[Report on the health of British troops in the Madras command]
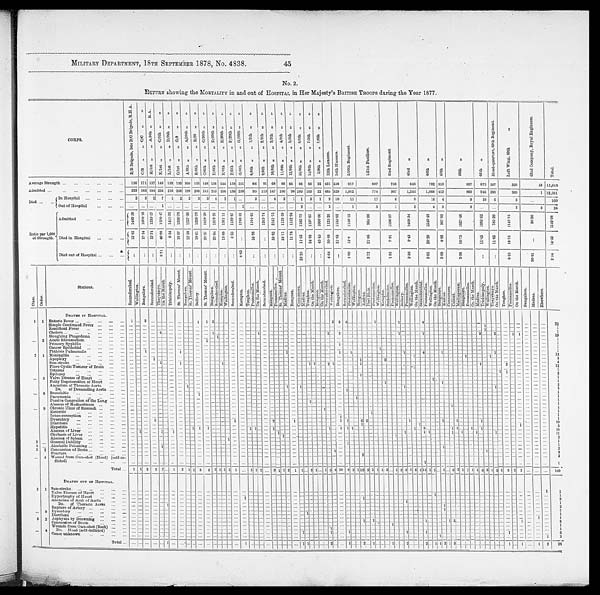
MILITARY DEPARTMENT, 18TH SEPTEMBER 1878, No. 4838. 45
No. 2.
RETURN showing the MORTALITY in and out of HOSPITAL in Her Majesty's BRITISH TROOPS during the Year 1877.
C O R P S .
B / B B r i g a d e , l a t e B / C B r i g a d e , R . H . A .
C / B ” ” C / C ” ” H / 1 s t ” ” A / 9 t h ” R . A . K / 1 s t ” ” C / 9 t h ” ” L / 1 s t ” ” D / 9 t h ” ”
O / 1 s t ” ” G / 9 ” ”
A / 6 t h ” ” A / 2 0 t h ” ” B / 6 t h ” ” B / 2 0 ” ” C / 6 t h ” ” C / 2 0 t h ” ” D / 6 t h ” ” D / 2 0 t h ” ” E / 6 t h ” ” E / 2 0 t h ” ”
F / 6 t h ” ” F / 2 0 t h ” ” G / 6 t h ” ” G / 2 0 t h ” ” 8 / 8 t h ” ” 1 / 5 t h ” ”
9 / 8 t h ” ” 2 / 5 t h ” ”
1 0 / 8 t h ” ” 3 / 5 t h ” ”
1 1 / 8 t h ” ” 4 / 5 t h ” ” 1 2 / 8 t h ” ” 5 / 5 t h ” ”
1 3 / 8 t h ” ” 6 / 5 t h ” ” 1 4 / 8 t h ” ” 7 / 5 t h ” ”
2 / 9 t h ” ” 7 / 5 t h ” ”
1 2 t h L a n c e r s . 1 4 t h H u s s a r s
2 / 1 6 t h R e g i m e n t .
1 / 2 1 s t F u s i l i e r s .
3 3 r d R e g i m e n t .
4 3 r d ”
4 4 t h ”
4 5 t h ”
4 8 t h ”
6 7 t h ”
H e a d - q u a r t e r s , R e g i m e n t .
L e f t W i n g , 8 9 t h ”
4 2 n d C o m p a n y , R o y a l E n g i n e e r s .
T o t a l .
Average Strength
1 5 6 1 7 1 1 5 7 1 4 9 1 5 3 1 5 3 1 6 0 1 5 3 1 4 8 1 5 6 1 4 4 1 5 8 1 5 1
8 6 9 1 6 8 8 9 8 5 8 6 8 6 2 2 4 3 1 4 5 8
9 1 7
8 0 7
7 5 8
8 4 8
7 9 2 8 1 3
8 3 7
8 7 3 5 0 7
3 2 0
3 3 1 1 , 0 1 6
Admitted
2 3 3 1 8 3 1 9 4 2 3 4 2 1 6 2 0 3 1 9 8 2 0 3 2 4 1 2 1 5 1 9 6 1 8 8 2 5 8
9 5 1 1 5 1 4 7 1 0 0 9 8 1 0 0 1 0 3 2 2 4 8 5 5 2 9 1 , 0 6 2
7 7 8
9 0 7
1 , 2 4 6
1 , 0 6 8
4 1 3
8 6 0
9 4 6 3 8 8
3 6 6
1 1 2 , 5 9 1
D i e d
In Hospital
2 3 2 7
1 2 2 3 3 4
2 1 . . .
3
. . .
4 3 1 1 3 1 9 1 0 1 1
1 7
6
8
1 6 4
9
1 0
6
6
. . .
1 6 0
Out of Hospital
. . .
. . . . . . 1 . . . . . . . . . . . . . . . . . . . . . . . .
1 . . .
. . . . . . . . . . . . 2 . . . . . . 2 . . .
1
3
1
2
4 3
3 . . .
. . .
2
3
2 8
R a t i o p e r 1 , 0 0 0 o f S t r e n g t h .
A d m i t t e d
1 4 9 3 . 5 9 1 0 7 0 . 1 6 1 2 3 5 . 5 7 1 5 7 0 . 4 7 1 4 1 1 . 7 6 1 3 2 6 . 7 9
1 2 3 7 . 5 0 1 3 2 6 . 7 9 1 6 2 8 . 3 8 1 3 7 8 . 2 1 1 3 6 1 . 1 1 1 1 8 9 . 8 7 1 7 0 8 . 6 1
1 1 0 4 . 6 5 1 2 6 3 . 7 4 2 1 6 1 . 7 6 1 1 2 3 . 5 9 1 1 5 2 . 9 4 1 1 6 2 . 7 9 1 1 9 7 . 6 7 1 0 0 . 0 0 1 1 2 5 . 2 9 1 1 5 5 . 0 2
1 1 5 8 . 1 2
9 6 4 . 0 6
1 1 9 6 . 5 7
1 4 6 9 . 3 4
1 8 4 8 . 4 8
5 0 7 . 9 9
1 0 2 7 . 4 8
1 0 8 3 . 6 2
7 6 5 . 2 9
1 1 4 8 . 7 5
3 0 . 3 0
1 1 4 2 . 9 8
Died in Hospital
1 2 . 8 2
1 7 . 5 4 1 2 . 7 4 4 6 . 9 8 6 . 5 4 1 3 . 0 7 1 2 . 5 0 1 9 . 6 1 2 0 . 2 7 2 5 . 6 4 1 3 . 8 9 6 . 3 3
. . .
3 4 . 8 8
. . .
5 8 . 8 2 3 3 . 7 1 1 1 . 7 6 1 1 . 6 3 3 4 . 8 8 4 5 . 4 5 2 0 . 8 8 2 1 . 8 3
1 2 . 0
2 1 . 0 6
7 . 9 1
9 . 4 3
2 0 . 2 0
4 . 9 2
1 0 . 7 5
1 1 . 4 5
1 1 . 8 3
1 8 . 7 5
. . .
1 4 . 5 2
Died out of Hospital
. . .
. . . . . . 6 . 7 1 . . . . . . . . . . . . . . . . . .
. . . . . . 6 . 6 2
. . . . . . . . . . . . . . .
2 3 . 2 5
. . . . . . 4 . 6 4 . . . 1 . 0 9
3 . 7 2
1 . 3 2
2 . 3 6
5 . 0 5
3 . 6 9
3 . 5 8
. . .
. . .
6 . 2 5
9 0 . 9 1
2 . 5 4
C l a s s . O r d e r .
S t a t i o n s .
S e c u n d e r a b a d . W e l l i n g t o n . B a n g a l o r e .
S e c u n d e r a b a d .
T h a y c t m y o .
O n t h e M a r c h .
T r i c h i n o p o l y .
S t . T h o m a s ' M o u n t .
B a n g a l o r e .
S t . T h o m a s ' M o u n t .
B e l l a r y .
S t . T h o m a s ' M o u n t .
B a n g a l o r e .
S e c u n d e r a b a d .
K a m p t e e . W e l l i n g t o n .
S e c u n d e r a b a d .
K a m p t e e . T o n g h o o .
P o o n a m a l l e e .
O n t h e M a r c h . S e c u n d e r a b a d .
R a n g o o n .
P o o n a m a l l e e .
S t . T h o m a s ' M o u n t .
M a d r a s . R a n g o o n .
C a n n a n o r e . M a d r a s . T o n g h o o .
O n t h e M a r c h .
R a n g o o n .
O n t h e M a r c h . S e c u n d e r a b a d . W e l l i n g t o n . B a n g a l o r e .
S e c u n d e r a b a d .
P o o n a m a l l e e .
W e l l i n g t o n .
R a n g o o n .
M a d r a s .
P o r t B l a i r .
P o o n a m a l l e e .
W e l l i n g t o n . K a m p t e e . S e c u n d e r a b a d . P o o n a m a l l e e .
W e l l i n g t o n .
B w l l a r y .
P o o n a m a l l e e . W e l l i n g t o n .
O n t h e M a r c h .
S e c u n d e r a b a d .
P o o n a m a l l e e .
P W e l l i n g t o n .
O n t h e M a r c h .
B a n g a l o r e . M a d r a s .
C a n n a n o r e .
C a l i c u t .
M a l l i a p o r a m . B a n g a l o r e .
P o o n a m a l l e e .
O n t h e M a r c h . M a d r a s .
T r i c h i n o p l o l y .
W e l l i n g t o n
T h a y e t m y o . O n t h e M a r c h .
T o n g h o o .
P o o n a m a l l e e . O n t h e M a r c h . B a n g a l o r e . M a d r a s .
E l s e w h e r e .
1 1 DEATHS IN HOSPITAL.
Enteric Fever
1 . . . 2 . . . . . . . . . . . . . . . . . . . . . 1 1 2 . . . . . . . . . . . . . . . . . . . . . . . . . . . . . . . . . . . . . . . . . . . . . . . . . . . . . . . . . . . . . . . 2 3 4 . . . . . . . . . . . . . . . 1 . . . . . . . . . . . . 1 . . . . . . . . . . . . . 4 . . . . . . . . . . . . . . . . . . . . . . . . . . . . . . . . . . . . . . . . . . . . . . . . . . . . . . . . . . . .
. . .
22
Simple Continued Fever
. . . . . . . . . . . . . . . . . . . . .
. . . . . . . . . . . . . . . . . . . . .
.
. . . . . . . . .
.
. . . .
.
. . . . . . . . . . . . . . . . . . . . . . . . . . . . . . . . . . . . . . . . . . . . . . . . . . . . . . . . . . . . . . . . . . . . . . . . . . . . . . . . . . . . . . . . . . . . . . . . . . . . . . . . . . . . . . . . . . . . . . . . . . . . . . 1 . . . . . . . . . . . . . . . . . . . . . . . . . . .
1
R e m i t t e n t F e v e r
. . . . . . . . . . . . . . . . . . . . .
. . . . . . . . . . . . . . . . . . . . . . . . . . . . . . . . . . . . . . . . . . . . . . . . . . . . . . . . . . . . . . . . . . . . . . . . . . . . . . . . . . . . . . . . . . . . . . . . . . . . . . . . . . . . . . . . . . . . . . . . . . . . . . . . . . . . . . . . . . . . . . . . . . . . . . . . . . . . . . . . . . . . . . . . . . . . . . . 1 . . . . . . . . . . . . . . . . . . . . . . . . . . .
1
Cholera
. . . . . . . . . . . . 4 . . . . . .
. . . . . .
. . . 1 . . . . . . . . . . . . . . . . . . . . . 1 . . . . . . . . . . . . . . . . . . . . . . . . . . . . . . . . . . . . 2 . . . 2 . . . . . . . . . . . . . . . . . . . . . . . . . . . . . . . . . . . . . . . . 1 . . . . . . . . . . . . . . . 1 . . . . . . . . . . . . . . . . . . . . . . . . . . . . . . . . . 3 . . . . . . 2 . . . . . . 1 1 . . . . . . . . .
19
Sloughing Phagedæna
. . . . . . . . . . . . . . . . . . . . .
. . . . . .
. . . . . . 1 . . . . . . . . . . . . . . . . . . . . . . . . . . . . . . . . . . . . . . . . . . . . . . . . . . . . . . . . . . . . . . . . . . . . . . . . . . . . . . . . . . . . . . . . . . . . . . . . . . . . . . . . . . . . . . . . . . . . . . . . . . . . . . . . . . . . . . . . . . . . . . . . . . . . . . . . . . . . . . . . . . . . . . . . . . . . . . . . . . . . . . . .
. . .
1
. . . 2 Acute Rheumatism
. . . . . . . . . . . . . . . . . . . . . . . . . . . . . . . . . . . . 1 . . . . . . . . . . . . . . . . . . . . . . . . . . . . . . . . . . . . . . . . . . . . . . . . . . . . . . . . . . . . . . . . . . . . . . . . . . . . . . . . . . . . . . . . . . . . . . . . . . . . . . . . . . . . . . . . . . . . . . . . . . . . . . . . . . . . . . . . . . . . . . . . . . . . . . . . . . . . . . . . . . . . . . . . . . . . . . . . . . . . . . . . . . . . .
. . .
1
Primary Syphilis
. . . . . . . . .
. . . . . . . . . . . .
. . . . . . . . . . . . . . . . . . . . . . . . . . . . . . . . . . . . . . . . . . . . . . . . . . . . . . . . . . . . . . . . . . . . . . . . . . . . . . . . . . . . . . . . . . . . . . . . . . . . . . . . . . . . . . . . . . . . . . . . . . . . . . . . . . . . . . . . . . . . . . . . . . . . . . . . . . . . . . . . . . . . . . . . . . . . . . . . . . . . . . . . . . . . .
. . . . . . . . .
1
Cancer Epithetial
. . . . . . . . . . . . . . . . . . . . .
. . . . . .
. . . . . . . . . . . . . . . . . . . . . . . . . . . . . . . . . . . . . . . . . . . . . . . . . . . . . . . . . . . . . . . . . . . . . . . . . . . . . . . . . . . . . . . . . . . . . . . . . . . . . . . . . . . . . . . . . . . . . . . . . . . . . . . . . . . . . . . . . . . . . . . . . . . . . . . . . . . . . . . . . . . . . . . . . . . . . . . . . . . .
. . . . . . . . .
1
Phthisis Pulmonalis
. . . . . . 1 . . . . . . . . . . . .
1 . . . . . .
. . . . . . . . . . . . . . . . . . . . . . . . . . . . . . . . . . . . . . . . . . . . . . . . . . . . . . . . . . . . . . . . . . . . . . . . . . . . . . . . . . . . . . . . . . . . . . . . . . . . . . . . . . . . . . . . . . . . . . . . . . . . . . . . . . . . . . . . . . . . . . . . . . . . . . . . . . . . . . . . . . . . . 1 . . . . . . . . . . . . . . . . .
. . . . . .
1 2
2 1 Meningitis
. . . . . . . . . . . . . . . . . . . . .
. . . . . .
. . . . . . . . . . . . . . . . . . . . . . . . . . . . . . . . . . . . . . . . . . . . . . . . . . . . . . . . . . . . . . . . . . . . . . . . . . . . . . . . . . . . . . . . . . . . . . . . . . . . . . . . . . . . . . . . . . . . . . . . . . . . . . . . . . . . . . . . . . . . . . . . . . . . . . . . . . . . . . . . . . . . . 1 . . . . . . . . . . . . . . .
. . . . . . . . .
3
A p o p l e x y
. . . . . . . . . 1 . . . . . . . . .
. . . . . . . . . . . . . . . . . . . . . . . . . . . . . . . . . . . . . . . . . . . . . . . . . . . . . . . . . . . . . . . . . . . . . . . . . . . . . . . . . . . . . . . . . . . . . . . . . . . . . . . . . . . . . . . . . . . . . . . . . . . . . . . . . . . . . . .
. . . . . . . . . . . . . . . . . . . . . . . . . . . . . . . . . . . . . . . . . . . . . . . . . . . . . . . . .
. . . . . . . . . 4
Sun-stroke
. . . . . . . . . . . . 1 . . . . . . 1 . . . . . . . . . . . . . . . . . . . . . . . . . . . . . . . . . . . . . . . . . . . . . . . . . . . . . . . . . . . . . . . . . . . . . . . . . . . . . . . . . . . . . . . . . . . . . . . . . . . . . . . . . . . . . . . . . . . . . . . . . . . . . . . . . . . . . . . . . . . . . . . . . . . . . . . . . . . . . . . . . . . . . . . . . . . . . . . . . . . . . . . . . . . . . . . . . . . . . . . . . . . . . . . . . . . . .
1 2
F i b r o C y s t i c T u m o u r o f B r a i n
. . . . . . . . . . . . . . . . . . . . .
. . . . . .
. . . . . . . . . . . . . . . . . . . . . . . . . . . . . . . . . . . . . . . . . . . . . . . . . . . . . . . . . . . . . . . . . . . . . . . . . . . . . . . . . . . . . . . . . . . . . . . . . . . . . . . . . . . . . . . . . . . . . . . . . . . . . . . . . . . . . . . . . . . . . . . . . . . . . . . . . . . . . . . . . . . . . . . . . . . . . . . . . . . . . . . . . . . . .
1
Tetanus
. . . . . . . . . . . . . . . . . . . . . . . .
. . . . . .
. . . . . . . . . . . . . . . . . . . . . . . . . . . . . . . . . . . . . . . . . . . . . . . . . . . . . . . . . . . . . . . . . . . . . . . . . . . . . . . . . . . . . . . . . . . . . . . . . . . . . . . . . . . . . . . . . . . . . . . . . . .
. . . . . . . . . . . . . . . . . . . . . . . . . . . . . . . . . . . . . . . . . . . . . . . . . . . . . . . . . . . . . . . . . . 2
Epilepsy
. . . . . . . . . . . . . . . . . . . . .
. . . . . .
. . . . . . . . . . . . . . . . . . . . . . . . . . . . . . . . . . . . . . . . . . . . . . . . . . . . . . . . . . . . . . . . . . . . . . . . . . . . . . . . . . . . . . . . . . . . . . . . . . . . . . . . . . . . . . . . . . . . . . . . . . .
. . . . . . . . . . . . . . . . . . . . . . . . . . . . . . . . . . . . . . . . . . . . . . . . . . . . . . . . .
. . . . . .
1
. . . 5 Valve Disease of Heart
. . . . . . . . . . . . . . . . . . . . . . . . . . .
. . . . . . . . .
. . . . . . . . . . . . . . . . . . . . . . . . . . . . . . . . . . . . . . . . . . . . . . . . . . . . . . . . . . . . . . . . . . . . . . . . . . . . . . . . . . . . . . . . . . . . . . . . . . . . . . . . . . . . . . . . . . . . . . . . . . . . . . . . . . . . . . . . . . . . . . . . . . . . . . . . . . . . . . . . . . . . . . . . . . . . . . . . . . . . . . . . . . . . . . . . . . .
1
Fatty Degeneration of Heart
. . . . . . . . . . . . . . . . . . . . .
. . . . . .
. . . . . . . . . . . . . . . . . . . . . . . . . . . . . . . . . . . . . . . . . . . . . . . . . . . . . . . . . . . . . . . . . . . . . . . . . . . . . . . . . . . . . . . . . . . . . . . . . . . . . . . . . . . . . . . . . . . . . . . . . . . . . . . . . . . . . . . . . . . . . . . . . . . . . . . . . . . . . . . . . . . . . . . . . . . . . . . . . . . . . . . . . .
. . . . . .
2
Aneurism of Thoracic Aorta
. . . . . . . . . . . . . . . . . . . . .
. . . . . .
. . . . . . . . . . . . . . . . . . . . . . . . . . . . . . . . . . . . . . . . . . . . . . . . . . . . . . . . . . . . . . . . . . . . . . . . . . . . . . . . . . . . . . . . . . . . . . . . . . . . . . . . . . . . . . . . . . . . . . . . . . . . . . . . . . . . . . . . . . . . . . . . . . . . . . . . . . . . . . . . . . . . . . . . . . . . . . . . . . . . . . . .
. . . . . .
5
Do. of Descending Aorta
. . . . . . . . . . . . . . . . . . . . . . . .
1 . . . . .
. . . . . . . . . . . . . . . . . . . . . . . . . . . . . . . . . . . . . . . . . . . . . . . . . . . . . . . . . . . . . . . . . . . . . . . . . . . . . . . . . . . . . . . . . . . . . . . . . . . . . . . . . . . . . . . . . . . . . . . . . . . . . . . . . . . . . . . . . . . . . . . . . . . . . . . . . . . . . . . . . . . . . . . . . . . . . . . . . . . . . . . . . . . . . . . .
1
. . . 8
Br o n c h i t i s
. . . . . . . . . . . . . . . . . . . . . . . .
. . . . . .
. . . . . . . . . . . . . . . . . . . . . . . . . . . . . . . . . . . . . . . . . . . . . . . . . . . . . . . . . . . . . . . . . . . . . . . . . . . . . . . . . . . . . . . . . . . . . . . . . . . . . . . . . . . . . . . . . . . . . . . . . . . . . . . . . . . . . . . . . . . . . . . . . . . . . . . . . . . . . . . . . . . . . . . . . . . . . . . . . . . . . . . . . . . . .
. . . . . .
1
Pneumonia
. . . . . . . . .
. . . . . . . . . . . .
. . . . . .
. . . . . . . . . . . . . . . . . . . . . . . . . . . . . . . . . . . . . . . . . . . . . . . . . . . . . . . . . . . . . . . . . . . . . . . . . . . . . . . . . . . . . . . . . . . . . . . . . . . . . . . . . . . . . . . . . . . . . . . . . . . . . . . . . . . . . . . . . . . . . . . . . . . . . . . . . . . . . . . . . . . . . . . . . . . . . . . . . . . . . . . . . .
. . . . . . . . .
1
Passive Congestion of the Lung
. . . . . . . . . . . . . . . . . . . . .
. . . . . .
. . . . . . . . . . . . . . . . . . . . . . . . . . . . . . . . . . . . . . . . . . . . . . . . . . . . . . . . . . . . . . . . . . . . . . . . . . . . . . . . . . . . . . . . . . . . . . . . . . . . . . . . . . . . . . . . . . . . . . . . . . . . . . . . . . . . . . . . . . . . . . . . . . . . . . . . . . . . . . . . . . . . . . . . . . . . . . . . . . . . . . .
. . . . . . . . .
1
Abscess of Mediastinum
. . . . . . . . . . . . . . . . . . . . .
. . . . . .
. . . . . . . . . . . . . . . . . . . . . . . . . . . . . . . . . . . . . . . . . . . . . . . . . . . . . . . . . . . . . . . . . . . . . . . . . . . . . . . . . . . . . . . . . . . . . . . . . . . . . . . . . . . . . . . . . . . . . . . . . . . . . . . . . . . . . . . . . . . . . . . . . . . . . . . . . . . . . . . . . . . . . . . . . . . . . . . . . . . . . . . . . .
. . . . . .
1
. . . 9 Chronic Ulcer of Stomach
. . . . . . . . . . . . . . . . . . . . .
. . . . . .
. . . . . . . . . . . . . . . . . . . . . . . . . . . . . . . . . . . . . . . . . . . . . . . . . . . . . . . . . . . . . . . . . . . . . . . . . . . . . . . . . . . . . . . . . . . . . . . . . . . . . . . . . . . . . . . . . . . . . . . . . . . . . . . . . . . . . . . . . . . . . . . . . . . . . . . . . . . . . . . . . . . . . . . . . . . . . . . . . . . .
. . . . . . . . .
1
E n t e r i t i s
. . . . . . . . . . . . . . . . . .
. . . . . .
. . . . . . . . . . . . . . . . . .
. . . . . . . . . . . . . . . . . . . . . . . . . . . . . . . . . . . . . . . . . . . . . . . . . . . . . . . . . . . . . . . . . . . . . . . . . . . . . . . . . . . . . . . . . . . . . . . . . . . . . . . . . . . . . . . . . . . . . . . . . . . . . . . . . . . . . . . . . . . . . . . . . . . . . . . . . . . . . . . . . . . . . . . .
. . . . . . . . .
1
Intus-susception
. . . . . . . . .
. . . . . . . . . . . .
. . . . . .
. . . . . . . . . . . . . . . . . . . . . . . . . . . . . . . . . . . . . . . . . . . . . . . . . . . . . . . . . . . . . . . . . . . . . . . . . . . . . . . . . . . . . . . . . . . . . . . . . . . . . . . . . . . . . . . . . . . . . . . . . . . . . . . . . . . . . . . . . . . . . . . . . . . . . . . . . . . . . . . . . . . . . . . . . . . . . . . . . . . . . . . . . . . . .
1
Dysentery
. . . . . . . . . 1 . . . . . . . . .
. . . . . .
. . . . . . . . . . . . . . . . . . . . . . . . . . . . . . . . . . . . . . . . . . . . . . . . . . . . . . . . . . . . . . . . . . 1 . 1 . . . . . . 6 2 2 2 . 2 2 2 . . . . . 2 . . . . . . . . . . . . . . . . . . . . . . . . 1 . . . . . . . . . . . . . . . . . . . 1 . . . . . 1 . . . . . . . . . . . . . 1 . . . . . . . . . . . . . . . . . . . . . . .
. . . . . . . . .
1 9
Diarrhœa
. . . . . . . . .
. . . . . . . . . . . .
. . . . . .
. . . . . . . . . . . . . . . 1 . . . . . . . . . . . . . . . 2 . . . . . . . . . . . 1 . . . . . . . . . . . . . . . . . . . . . . . . . . . . . . . . . . . . . . . . . . . . . . . . . . . . . . . . . . . . . . . . . . . . . . 1 . . . . . . . . . . . . . . . . . . . . . . . . . . . . . . . . . . . . . . . . . . . . . . . . . . . . . . . . . . . . 1 . . . . . . . . .
3
Hepatitis
. . . . . . . . . . . . . . . . . . . . .
. . . 1 1 1 . . . . . . . . . . . . . . . . . . . . . . . . . . . . . . . . . . . . . . . . . . . . . . . . . . . . . . . . . . . . . . . . . . 1 . 1 . . 1 . . . . . . . . . . . . . . . . . . . . . . . . . . . . . . . . . . . . . . . 1 . . . . . . 3 . . . . . . . . . . . . . . . . . . 1 1 . . . . . . . . . . . . . . 1 . . . . . . . . . . . . . . . . . . . . . . . . . . . . . . . .
1 8
Abscess of Liver
. . . 1 . . .
. . . 1 . . .
1 . . . . . .
. . . . . . . . . . . . . . . . . . . . . . . . . . . 1 1 . . . 1 . . . . . . . . . . . . . . . . . . . . . . . . . . . . . . . . . . . . . . . . . . . . . . . . . . . . . . . . . . . . . . . . . . . . . 1 . . . . . . . . . . . 1 . . . . 1 . . . . . . . . . . . . . . 1 . . . 1 . . . . . . . . 1 . . . . . . . . . . . . . . . . . . . . . . . . .
. . . . . .
. . .
1 1
Cirrhosis of Liver
. . . . . . . . .
. . . . . . . . . . . . . . . . . . . . . . . . . . .
. . . . . . . . . . . . . . . . . . . . . . . . . . . . . . . . . . . . 1 . . . . . . . . . . . . . . . . . . . . . . . . . . . . . . . . . . . . . . . . . . . . . . . . . . . . . . . . . . . . . . . . . . . 1 . . . . . . . . . . . . . . . . . . . . . . . . . . . . . . . . . . . . . . . . . . . . . . . . . . . . . . . . . . . . . . . . . . . . . . . . . .
. . . . . . . . .
2
Abscess of Spleen
. . . . . . . . .
. . . . . . . . .
. . . . . . . . .
. . . . . . . . . . . . 1 . . . . . . . . . . . . . . . . . . . . . . . . . . 1 . . . . . . . . . . . . . . . . . . . . . . . . . . . . . . . . . . . . . . . . . . . . . . . . . . . . . . . . . . . . . . . . . . . . . . . . . . . . . . . . . . . . . . . . . . . . . . . . . . . . . . . . . . . . . . . . . . . . . . . . . . . . . . . . . . . . . . . . . . . . . . . . . . .
. . . . . . . . .
1
3 . . . G e n e r a l D e b i l i t y
. . . . . . . . . . . . . . . . . .
. . . . . . . . .
. . . . . . . . . . . . . . . . . . . . . . . . . . . . . . . . . . . . . . . . . . . . . . . . . . . . . . . . . . . . . . . . . . . . . . . . . . . . . . . . . . . . . . . . . . . . . . . . . . . . . . . . . . . . . . . . . . . . . . . . . . . . . . . . . . . . . . . . . . . . . . . . . . . . . . . . . . . . . . . . . . . . . . . . . . . . . . . . . . . .
. . . . . . . . .
1
4 . . .
A l c o h o l i c P o i s o n i n g
. . . . . . . . . . . . 1 . . .
. . . . . . . . .
. . . . . . . . . . . . . . . . . .
. . . . . . . . . . . . . . . . . . . . . . . . . . . . . . . . . . . . . . . . . . . . . . . . . . . . . . . . . . . . . . . . . . . . . . . . . . . . . . . . . . . . . . . . . . . . . . . . . . . . . . . . . . . . . . . . . . . . . . 1 . . . . . . . . . . . . . . . . . . . . . . . . . . . . . . . . . . . . . . . . . . . . . . . . . . .
. . . . . .
2
5 2 Concussion of Brain
. . . . . .
. . . . . . . . .
. . . . . . . . .
. . . . . . . . . . . . . . . . . .
. . . . . . . . . . . . . . . . . . . . . . . . . . . . . . . . . . . . . . . . . . . . . . . . . . . 1 . . . . . . . . . . . . . . . . . . . . . . . . . . . . . . . . . . . . . . . . . . . . . . . . . . . . . . . . . . . . . . . . . . . . . . . . . . . . . . . . . . . . . . . . . . . . . . . . . . . . . . . . . . . . . . . . . . . . . . . . . . 2
Fracture
. . . . . .
. . . . . . . . .
. . . . . . . . .
. . . . . . . . . . . . . . . . . . . . . . . . . . . . . . . . . . . . . . . . . . . . . . . . . . . . . . . . . . . . . . . . . . . . . . . . . . . . . . . . . . . . . . . . . . . . . . . . . . . . . . . . . . . . . . . . . . . . . . . . . . . . . . . . . . . . . . . . . . . . . . . . . . . . . . . . . . . . . . . . . . . . . . . . . . . . . . . . . . . . . . . . . . . . .
2
. . . 4 Wound f r om Gun- shot ( Head) ( sel f - i n- f l i ct ed)
. . . . . .
. . . . . . . . .
. . . . . . . . .
. . . . . . . . . . . . . . . . . .
. . . . . . . . . . . . . . . . . . . . . . . . . . . . . . . . . . . . . . . . . . . . . . . . . . . . . . . . . . . . . . . . . . . . . . . . . . . . . . . . . . . . . . . . . . . . . . . . . . . . . . . . . . . . . . . . . . . . . . . . . . . . . . . . . . . . . . . . . . . . . . . . . . . . . . . . . . . . . . . . . . . . . . . . . . . . . .
1
T o t a l
1 1 3 2 7 . . . 1 2 1 1 3 3 3 1 1 1 1
. . . 1 1 1 . . . 3 1 1 2 1 1 . . . 2 1
. . . 1 5 4 1 0 8 2 1 1 2 2 1 1 1 3 . . . 1 2 3 1 3 1 1 4 1 1 . . . 4 . . . 3 2 1 1 1 1 6 3 1 5 1 3 1 2 . . . . . . . . .
1 6 0
D E A T H S O U T O F H O S P I T A L
. . . . . .
. . . . . . . . .
. . . . . . . . .
. . . . . . . . . . . . . . . . . . . . . . . . . . . . . .
. . .
. . . . . . . . . . . . . . . . . . . . . . . . . . . . . . . . . . . . . . . . . . . . . . . . . . . . . . . . . . . . . . . . . . . . . . . . . . . . . . . . . . . . . . . . . . . . . . . . . . . . . . . . . . . . . . . . . . . . . . . . . . . . . . . . . . . . . . . . . . . . . . . . . . . . . . . . . . . . . . . . . .
2 1 Sun-stroke
. . . . . .
. . . . . . . . .
. . . . . . . . . . . . . . .
. . . . . . . . . . . . . . . . . . . . . . . . . . . . . . . . . . . . . . . . . . . . . . . . . . . . . . . . . . . . . . . . . . . . . . . . . . . . . . . . . . . . . . . . . . . . . . . . . . . . . . . . . . . . . . . . . . . . . . . . . . . . . . . . . . . . . . . . . . . . . . . . . . . . . . . . . . . . . . . . . . . . . . . . . . . . . . . . . . . . . . . . . . . . . 1 1
V a l v e D i s e a s e o f H e a r t . . . . . .
. . . . . . . . .
. . . . . .
. . . . . . . . . . . . . . . . . . 1 . . . . . . . . . . . . . . . . . . . . . . . . . . . . . . . . . . . . . . . . . . . . . . . . . . . . . . . . . . . . . . . . . . . . . . . . . . . . . . . . . . . . . . . . . . . . . . . . . . . . . . . . . . . . 1 . . . . . . . . . . . . . . . . . . . . . . . . . . . . . . . . . . . . . . . . . . . . . . . . . . . . . . . . . . . . . . 1
H y p e r t o p h y o f A r c h o f A o r t a
. . . . . .
. . . . . . . . .
. . . . . . . . . . . .
. . . . . . . . . . . . . . . . . . . . . . . . . . . . . . . . . . . . . . . . . . . . . . . . . . . . . . . . . . . . . . . . . . . . . . . . . . . . . . . . . . . . . . . . . . . . . . . . 1 . . . . . . . . . . . . . . . . . . . . . . . . . . . . . . . . . . . . . . . . . . . . . . . . . . . . . . . . . . . . . . . . . . . . . . . . . . . . . . . . . . . . . . . . . . . . . . . . . . . . . . . . . . 2
Ancurism of Arch of Aorta
. . . . . .
. . . . . . 1
. . . . . . . . .
. . . . . . . . . . . . . . . . . . . . . . . . . . . . . . . . . . . . . . . . . . . . . . . . . . . . . . . . . . . . . . . . . . . . . . . . . . . . . . . . . . . . . . . . . . . . . . . . . . . . . . . . . . . . . . . . . . . . . . . . . . . . . . . . . . . . . . . . . . . . . . . . . . . . . . . . . . . . . . . . . . . . . . . . . . . . . . . . . . . . . . . . . . . . . . . . . . . 1
Do. of Thoracic Aorta
. . . . . .
. . . . . . . . .
. . . . . . . . .
. . . . . . . . . . . . . . . . . . . . . . . . . . . . . . . . . . . . . . . . . . . . . . . . . . . . . . . . . . . . . . . . . . . . . . . . . . . . . . . . . . . . . . . . . . . . . . . . . . . . . . . . . . . . . . . . . . . . . . . . . . . . . . . . . . . . . . . 1 . . . . . . . . . . . . . . . . . . . . . . . . . . . . . . . . . . . . . . . . . . . . . . . . . . . . . . . . 2
Rupture of Artery
. . . . . .
. . . . . . . . .
. . . . . . . . .
. . . . . . . . . . . . . . . . . . . . . . . . . . . . . . . . . . . . . . . . . . . . . . . . . . . 1 . . . . . . . . . . . . . . . . . . . . . . . . . . . . . . . . . . . . . . . . . . . . . . . . . . . . . . . . . . . . . . . . . . . . . . . . . . . . . . . . . 1 . . . . . . . . . . . . . . . . . . . . . . . . . . . . . . . . . . . . . . . . . . . . . . . . . . . . . . . . 1
. . . 9
D y s e n t e r y . . . . . .
. . .
. . .
. . . . . . . . .
. . . . . . . . . . . . . . . . . . . . . . . . . . . . . . . . . . . . . . . . . . . . . . . . . . . . . . . . . . . . . . . . . . . . . . . . . . . . . . . . . . . . . . . . . . . . . . . . . . . . . . . . . . . . . . . . . . . . . . . . . . . . . . . . . . . . . . . . . . . . . . . . . . . . . . . . . . . . . . . . . . . . . . . . . . . . . . . . . . . . . . . . . . . . . . . . . . .
1
Diarrhœa
. . . . . . . . .
. . . . . . . . . . . .
. . . . . . . . . . . . . . .
. . . . . . . . . . . . . . . . . . . . . . . . . . . . . . . . . . . . . . . . . . . . . . . . . . . . . . . . . . . . . . . . . . . . . . . . . . . . . . . . . . . . . . . . . . . . . . . . . . . . . . . . . . . . . . . . . . . . . . . . . . . . . . . . . . . . . . . . . . . . . . . . . . . . . . . . . . . . . . . . . . . . . . . . . . . . . . . . . . . . . . . . . . 1 . . .
1
5 2 As phyxi a by Dr owni ng
. . . . . .
. . . . . .
. . . . . . . . .
. . . . . . . . . . . . . . . . . . . . . . . . . . . . . . . . . . . . . . . . . . . . . . . . . . . . . . . . . . . . . . . . . . . . . . . . . . . . . . . . . . . . . . . . . . . . . . . . 1 . . . 1 . . . . . . . . . . . . . . . . . . 1 . . . . . . . . . . . . . . . . . . . . . 1 3 . . . . . . . . . . . . . . . . . . . . . . . . . . . . . . . . . . . . 1 . . . . . . . . .
8
C o n c u s s i o n o f B r a i n
. . . . . .
. . . . . . . . .
. . . . . . . . .
. . . . . . . . . . . . . . . . . . . . . . . . . . . . . . . . . . . . . . . . . . . . . . . . . . . . . . . . . . . . . . . . . . . . . . . . . . . . . . . . . . . . . . . . . . . . . . . . . . . . . . . . . 1 . . . . . . . . . . . . . . . . . . . . . . . . . . . . . . . . . . . . . . . . . . . . . . . . . . . . . . . . . . . . . . . . . . . . . . . . . . . . . . . . . . . . 1
Wounds from Gun-shot (Back)
. . . . . .
. . . . . . . . . . . .
. . . . . . . . .
. . . . . . . . . . . . . . . . . . . . . . . . . . . . . . . . . . . . . . . . . . . . . . . . . . . . . . . . . . . . . . . 1 . . . . . . . . . . . . . . . . . . . . . . . . . . . . . . . . . . . . . . . . . . . . . . . . . . . . . . . . . . . . . . . . . . . . . . . . . . . . . . . . . . . . . . . . . . . . . . . . . . . . . . . . . . . . . . . . . . . . . . . . . . . . . . 1
. . . 4 Do. Head (self-inflicted)
. . . . . .
. . . . . . . . .
. . . . . . . . .
. . . . . . . . . . . . . . . . . . . . . . . . . . . . . . . . . . . . . . . . . . . . . . . . . . . 1 . . . . . . . . . . . . . . . 1 . . . . . . 1 . . . . . . . . . . . . . . . . . . . . . . . . . . . . . . . . . . . . 1 . . . . . . . . . . . . . . . . . . . . . . . . . . . . . . . . . . . . . . . . . . . . . . . . . . . . . . . . . 1 . . . . . . . . . . . . . . .
6
C a u s e u n k n o w n Total...
. . . . . .
. . . . . . . . .
. . . . . . . . . . . .
. . .
. . . . . . . . . . . . . . . . . . . . . . . . . . . . . . . . . . . . . . . . . . . . . . . . . . . . . . . . . . . . . . . . . . . . . . . . . . . . . . . . . . . . . . . . . . . . . . . . . . . . . . . . . . . . . . . . . . . . . . . . . . . . . . . . . . . . . . . . . . . . . . . . . . . . . . . . . . . . . . . . . . . . . . . . . . . . . . . . .
. . . . . . 1
2
Total
. . . . . . . . . . . . . . . 1 . . . . . . . . . . . . . . . . . . . . . . . . . . . . . . . . . 1 . . . . . . . . . . . . . . . . . . . . . . . . . . . 1 1 . . . . . . . . . . . . 2 . . . . . . 1 . . . . . . 2 . . . 1 . . . . . . . . . 1 . . . . . . 2 . . . . . . 2 . . . 1 1 2 1 3 . . . . . . . . . . . . . . . . . . . . . . . . . . . . . . 1 . . . 1 . . . 1 2 2 8